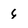
Character: 6